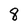
Character: 8